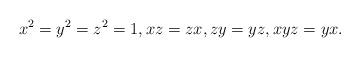
LaTeX: \begin{gather*}x^2=y^2=z^2=1,xz=zx,zy=yz, xyz=yx.\end{gather*}